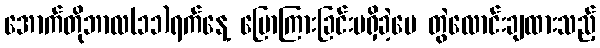
အောက်တိုဘာလ(၁၁)ရက်နေ့ ပြောကြားခြင်းမရှိခဲ့ပေ တွဲလောင်းချထားသည့်